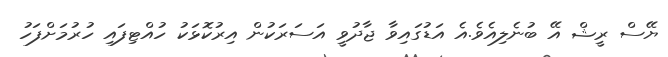
ޔޭސް ރީޝް އޭ ބުނެލިއެވެ.އެ އަޑުގައިވާ ޖާދުވީ އަސަރަކުން އިރުކޮޅަކު ހުއްޓިފައި ހުރުމަށްފަހު